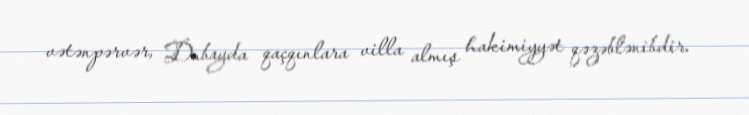
vətənpərvər, Dubayda qaçqınlara villa almış hakimiyyət qəzəblənibdir.